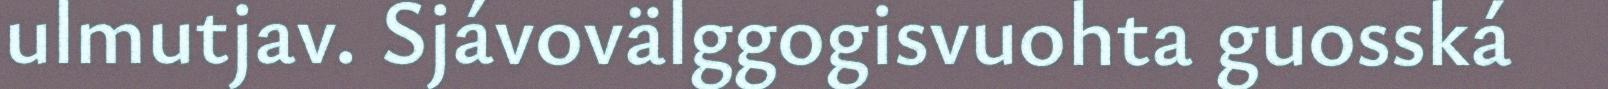
ulmutjav. Sjávovälggogisvuohta guosská